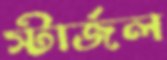
স্টার্জল